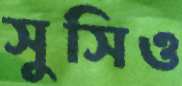
সুসিও